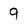
Character: 9